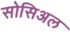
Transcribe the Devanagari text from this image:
सोसिअल